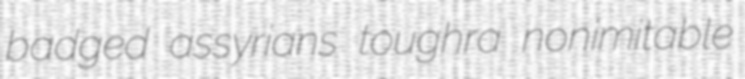
badged assyrians toughra nonimitable